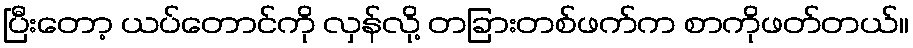
ပြီးတော့ ယပ်တောင်ကို လှန်လို့ တခြားတစ်ဖက်က စာကိုဖတ်တယ်။